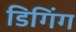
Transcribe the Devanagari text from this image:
डिगिंग